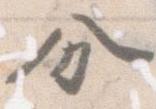
分